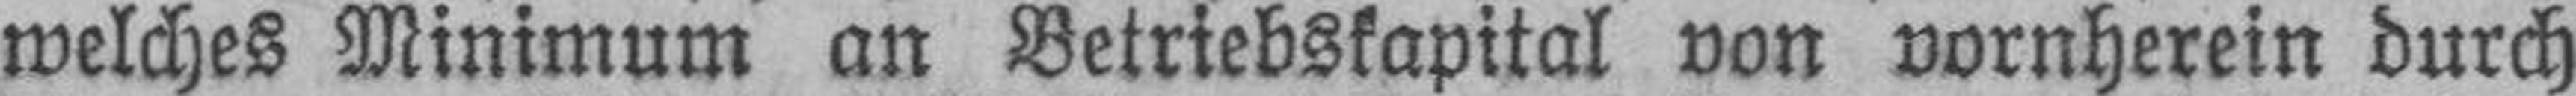
welches Minimum an Betriebskapital von vornherein durch